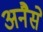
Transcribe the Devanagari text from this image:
अनैसे